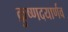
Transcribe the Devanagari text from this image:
क्रुष्णदयार्णव